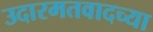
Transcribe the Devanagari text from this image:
उदारमतवादच्या